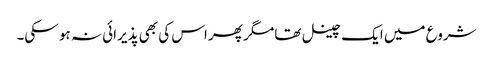
شروع میں ایک چینل تھا مگر پھر اس کی بھی پذیرائی نہ ہو سکی۔